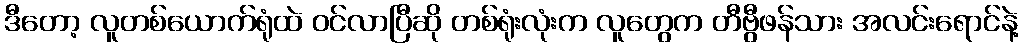
ဒီတော့ လူတစ်ယောက်ရုံထဲ ဝင်လာပြီဆို တစ်ရုံးလုံးက လူတွေက တီဗွီဖန်သား အလင်းရောင်နဲ့